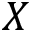
X